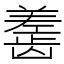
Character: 𬺎